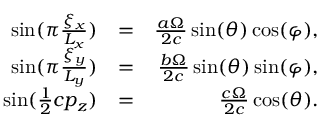
\begin{array} { r l r } { \sin ( \pi \frac { \xi _ { x } } { L _ { x } } ) } & { = } & { \frac { a \Omega } { 2 c } \sin ( \theta ) \cos ( \varphi ) , } \\ { \sin ( \pi \frac { \xi _ { y } } { L _ { y } } ) } & { = } & { \frac { b \Omega } { 2 c } \sin ( \theta ) \sin ( \varphi ) , } \\ { \sin ( \frac { 1 } { 2 } c p _ { z } ) } & { = } & { \frac { c \Omega } { 2 c } \cos ( \theta ) . } \end{array}